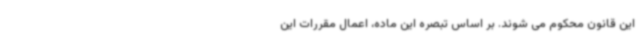
این قانون محکوم می شوند. بر اساس تبصره این ماده، اعمال مقررات این